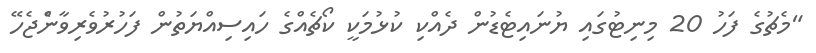
"މެޗުގެ ފަހު 20 މިނިޓުގައި ޔުނައިޓެޑުން ދެއްކި ކުޅުމަކީ ކޯޗެއްގެ ހައިސިއްޔަތުން ފަހުރުވެރިވާންެޖެހޭ